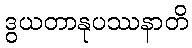
ဒွယတာနုပဿနာတိ